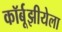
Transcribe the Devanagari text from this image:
कॉर्बूझीयेला